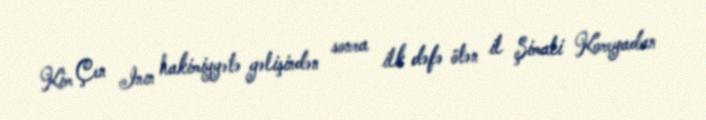
Kim Çen Inın hakimiyyətə gəlişindən sonra ilk dəfə ötən il Şimali Koreyadan